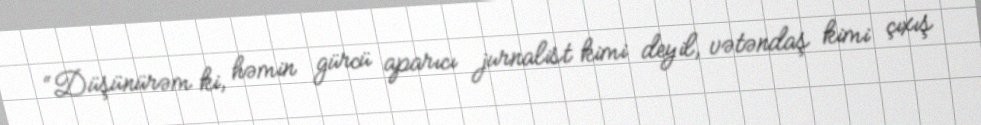
“Düşünürəm ki, həmin gürcü aparıcı jurnalist kimi deyil, vətəndaş kimi çıxış